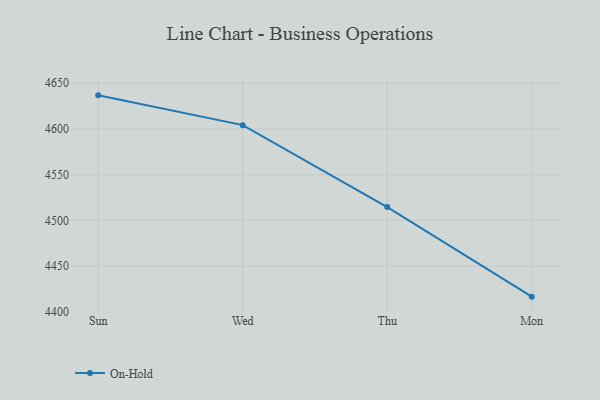
{"axis": {"x": "Day", "y": "Bounce Rate (%)"}, "legend": ["On-Hold"], "data": [{"x": "Sun", "y": 4636.8, "type": "On-Hold"}, {"x": "Wed", "y": 4604.2, "type": "On-Hold"}, {"x": "Thu", "y": 4514.5, "type": "On-Hold"}, {"x": "Mon", "y": 4416.5, "type": "On-Hold"}]}